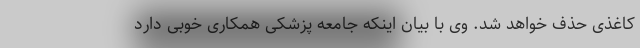
کاغذی حذف خواهد شد. وی با بیان اینکه جامعه پزشکی همکاری خوبی دارد